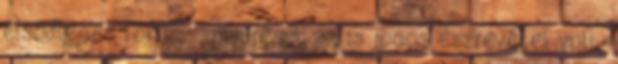
elsődleges fókusz , másrészt az is jogos észrevétel volt,